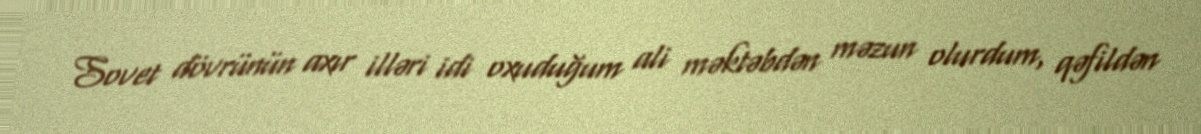
Sovet dövrünün axır illəri idi oxuduğum ali məktəbdən məzun olurdum, qəfildən